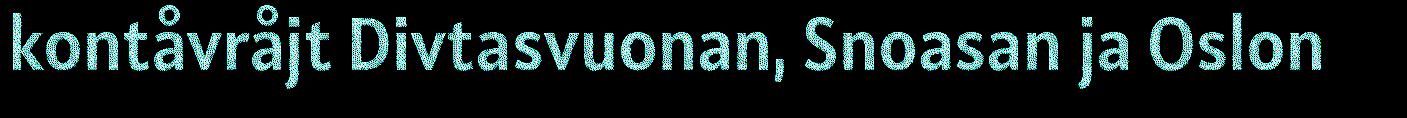
kontåvråjt Divtasvuonan, Snoasan ja Oslon